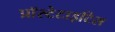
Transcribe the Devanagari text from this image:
प्रॉस्टेटाइटिस